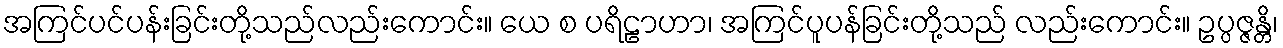
အကြင်ပင်ပန်းခြင်းတို့သည်လည်းကောင်း။ ယေ စ ပရိဠာဟာ၊ အကြင်ပူပန်ခြင်းတို့သည် လည်းကောင်း။ ဥပ္ပဇ္ဇန္တိ၊